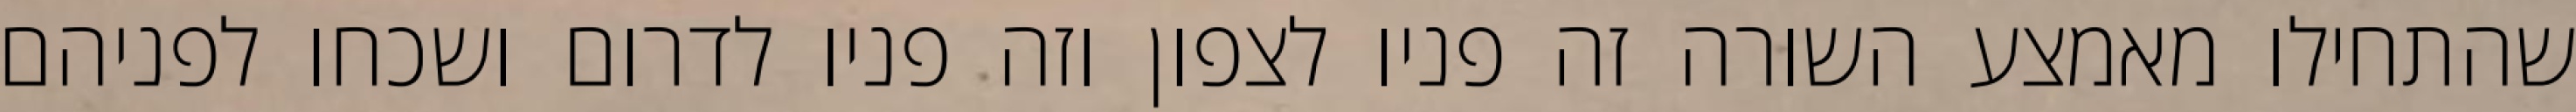
שהתחילו מאמצע השורה זה פניו לצפון וזה פניו לדרום ושכחו לפניהם